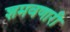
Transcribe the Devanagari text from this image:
शमवणारी